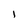
Character: I